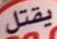
يقتل